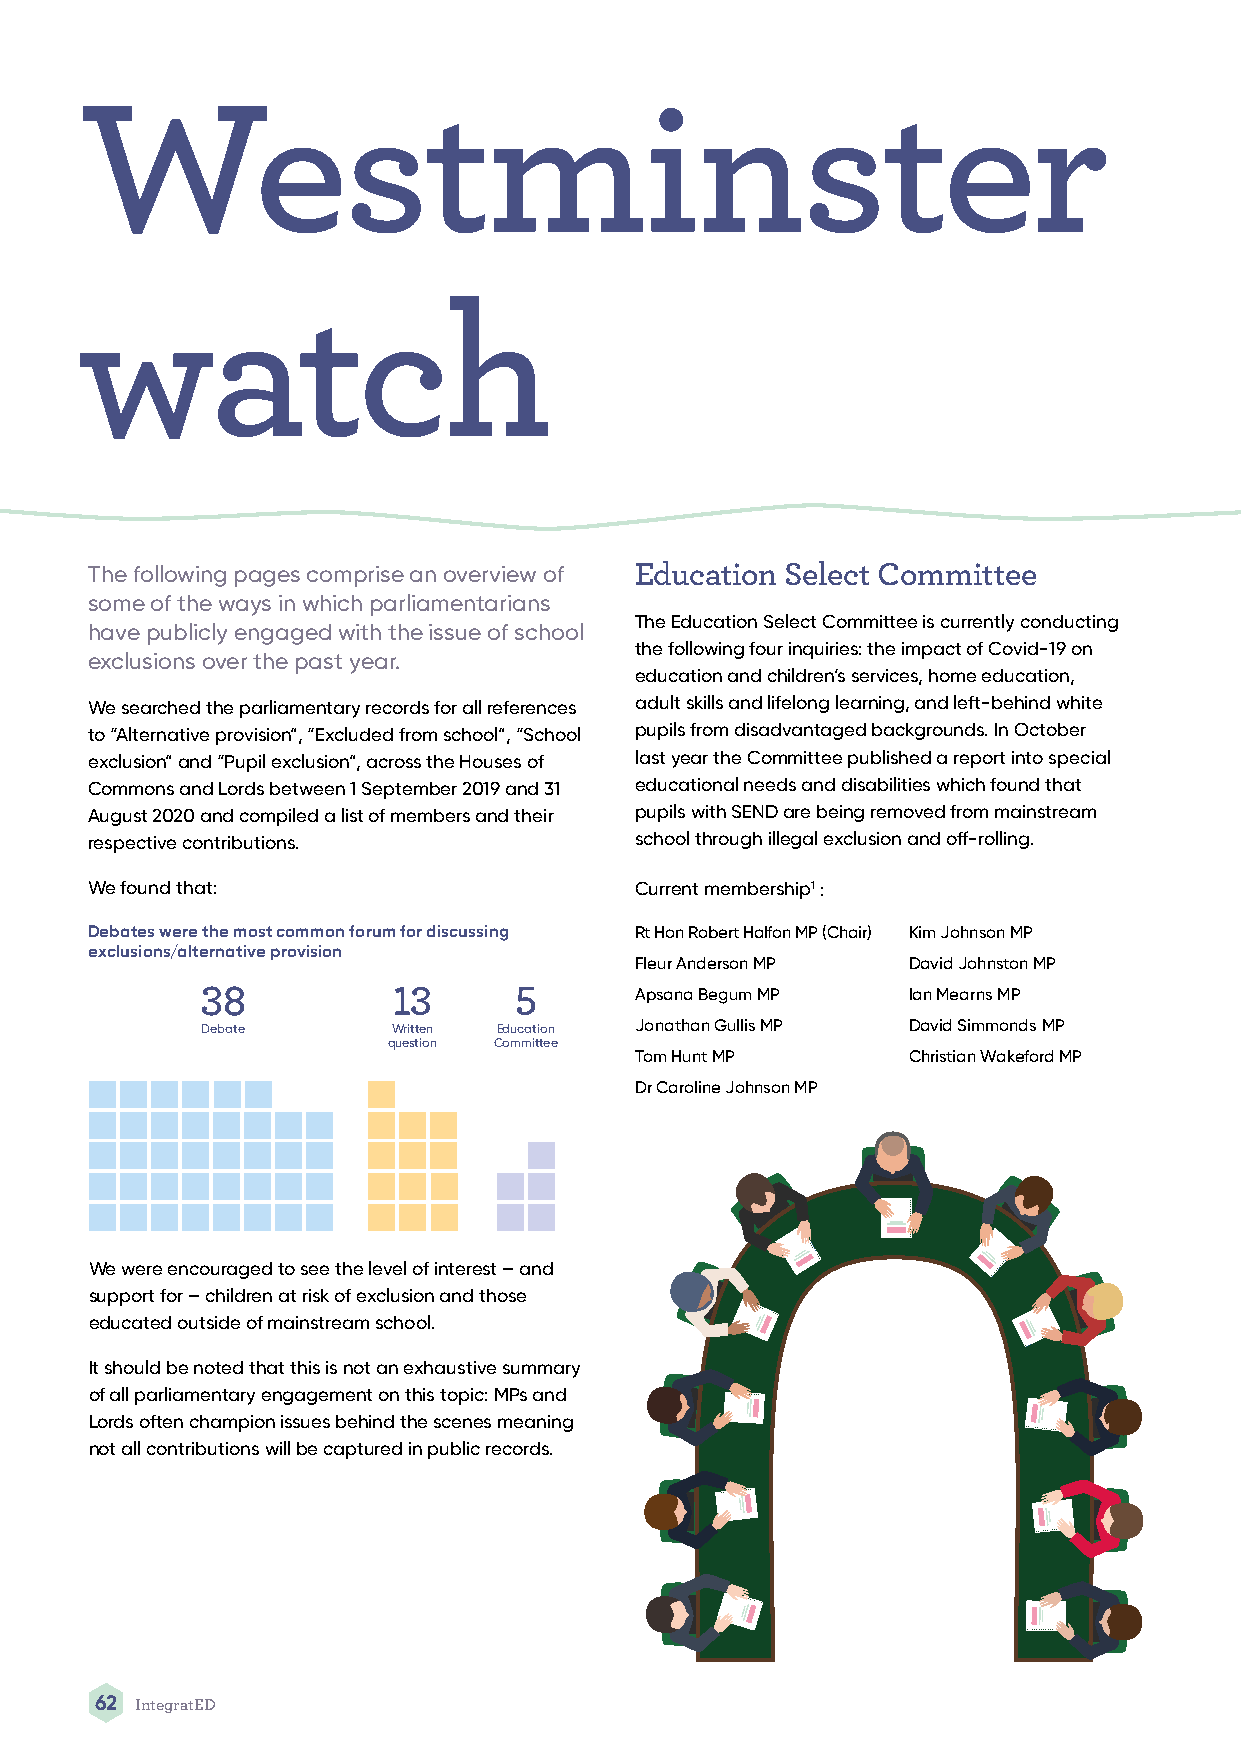
Westminster
 watch
 The following pages comprise an overview of Education Select Committee
 some of the ways in which parliamentarians
 The Education Select Committee is currently conducting
 have publicly engaged with the issue of school
 the following four inquiries: the impact of Covid-19 on
 exclusions over the past year.
 education and children’s services, home education,
 We searched the parliamentary records for all references adult skills and lifelong learning, and left-behind white
 to “Alternative provision”, “Excluded from school”, “School pupils from disadvantaged backgrounds. In October
 exclusion” and “Pupil exclusion”, across the Houses of last year the Committee published a report into special
 Commons and Lords between 1 September 2019 and 31 educational needs and disabilities which found that
 August 2020 and compiled a list of members and their pupils with SEND are being removed from mainstream
 respective contributions.           school through illegal exclusion and off-rolling.
 We found that:                      Current membership1 :
 Debates were the most common forum for discussing Rt Hon Robert Halfon MP (Chair) Kim Johnson MP
 exclusions/alternative provision
 Fleur Anderson MP David Johnston MP
 Apsana Begum MP   Ian Mearns MP
 Debate       Written Education Jonathan Gullis MP David Simmonds MP
 question Committee
 Tom Hunt MP       Christian Wakeford MP
 Dr Caroline Johnson MP
 We were encouraged to see the level of interest – and
 support for – children at risk of exclusion and those
 educated outside of mainstream school.
 It should be noted that this is not an exhaustive summary
 of all parliamentary engagement on this topic: MPs and
 Lords often champion issues behind the scenes meaning
 not all contributions will be captured in public records.
 62 IntegratED